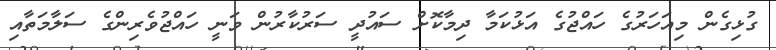
ގުޅިގެން މިއަހަރުގެ ހައްޖުގެ އަޅުކަމާ ދިމާކޮށް ސައުދީ ސަރުކާރުން ވަނީ ހައްޖުވެރިންގެ ސަލާމަތާއި